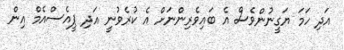
އަދި ހަމަ ޔަގީނުންވެސް އެ ބައިވެރިންނަަށް އެ ކުރެވުނީ އަދި ޕީއެސްއެމް އިން